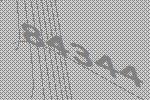
84344